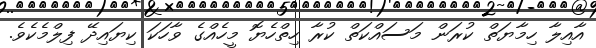
އާއިލާ ހިމާޔަތް ކުރަން މަސައްކަތް ކުރާ ހިތްހެޔޮ މީހެއްގެ ވާހަކަ ކިޔައިދޭ ފިލްމެކެވެ.